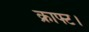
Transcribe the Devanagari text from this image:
क्राफ्ट।